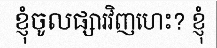
ខ្ញុំចូលផ្សារវិញហេះ? ខ្ញុំ